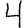
Digit: 4